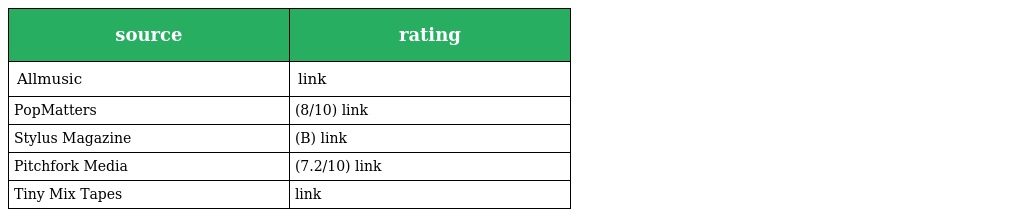
| source | rating |
 | --- | --- |
 | Allmusic | link |
 | PopMatters | (8/10) link |
 | Stylus Magazine | (B) link |
 | Pitchfork Media | (7.2/10) link |
 | Tiny Mix Tapes | link |